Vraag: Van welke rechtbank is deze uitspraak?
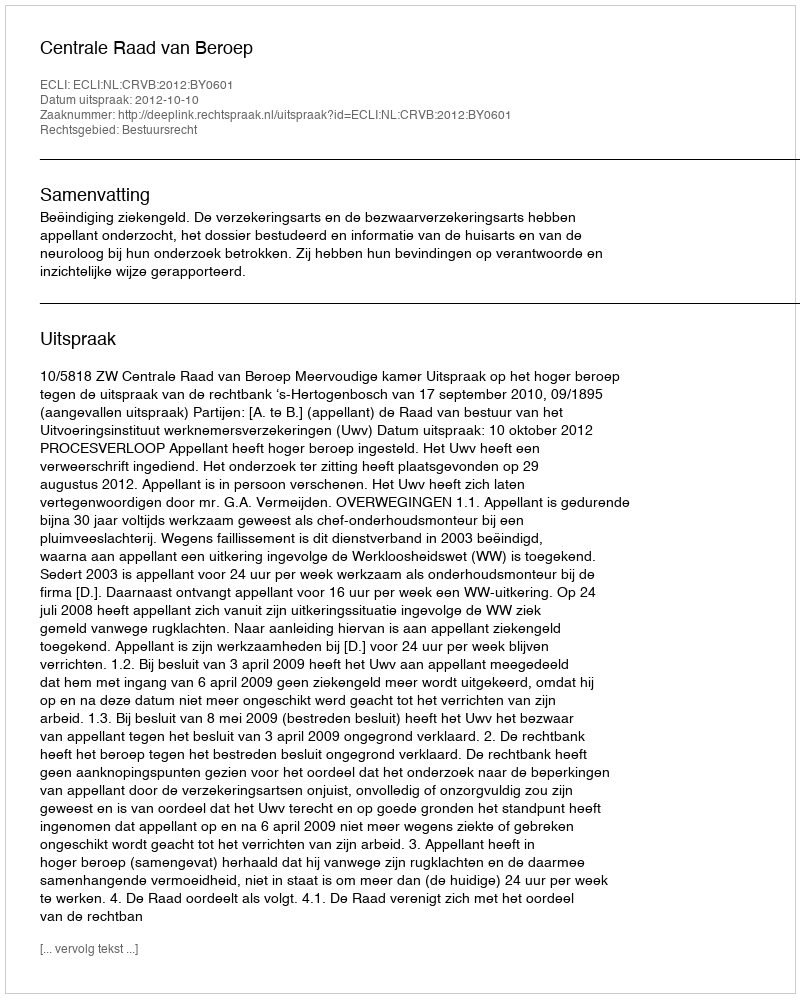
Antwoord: Centrale Raad van Beroep